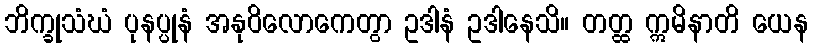
ဘိက္ခုသံဃံ ပုနပ္ပုနံ အနုဝိလောကေတွာ ဥဒါနံ ဥဒါနေသိ။ တတ္ထ ဣမိနာတိ ယေန